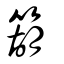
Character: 箶